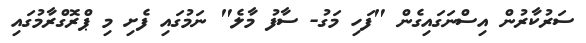
ސަރުކާރުން އިސްނަގައިގެން "ފަހި މަގު- ސާފު މާލެ" ނަމުގައި ފެށި މި ޕްރޮގްރާމުގައި